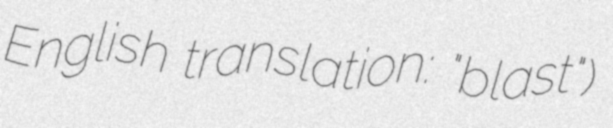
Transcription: English translation: "blast")